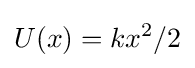
U(x)=kx^{2}/2